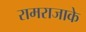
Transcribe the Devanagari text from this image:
रामराजाके